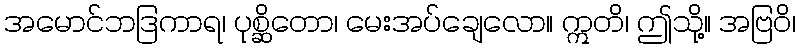
အမောင်ဘဒြကာရ၊ ပုစ္ဆိတော၊ မေးအပ်ချေလော။ ဣတိ၊ ဤသို့။ အဗြဝိ၊